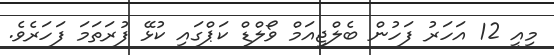
މިއީ 12 އަހަރު ފަހުން ބެލްޖިއަމް ވޯލްޑް ކަޕްގައި ކުޅޭ ފުރަތަމަ ފަހަރެވެ.